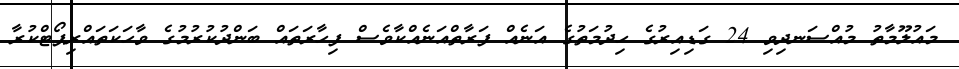
މައުލޫމާތު މުއްސަނދިވި 24 ގަޑިއިރުގެ ހިދުމަތުގެ އަނެއް ފަރާތްއަނެއްކާވެސް ފިހާރަތައް ބަންދުކުރުމުގެ ވާހަކަތައްރިޕޯޓްކުރާ